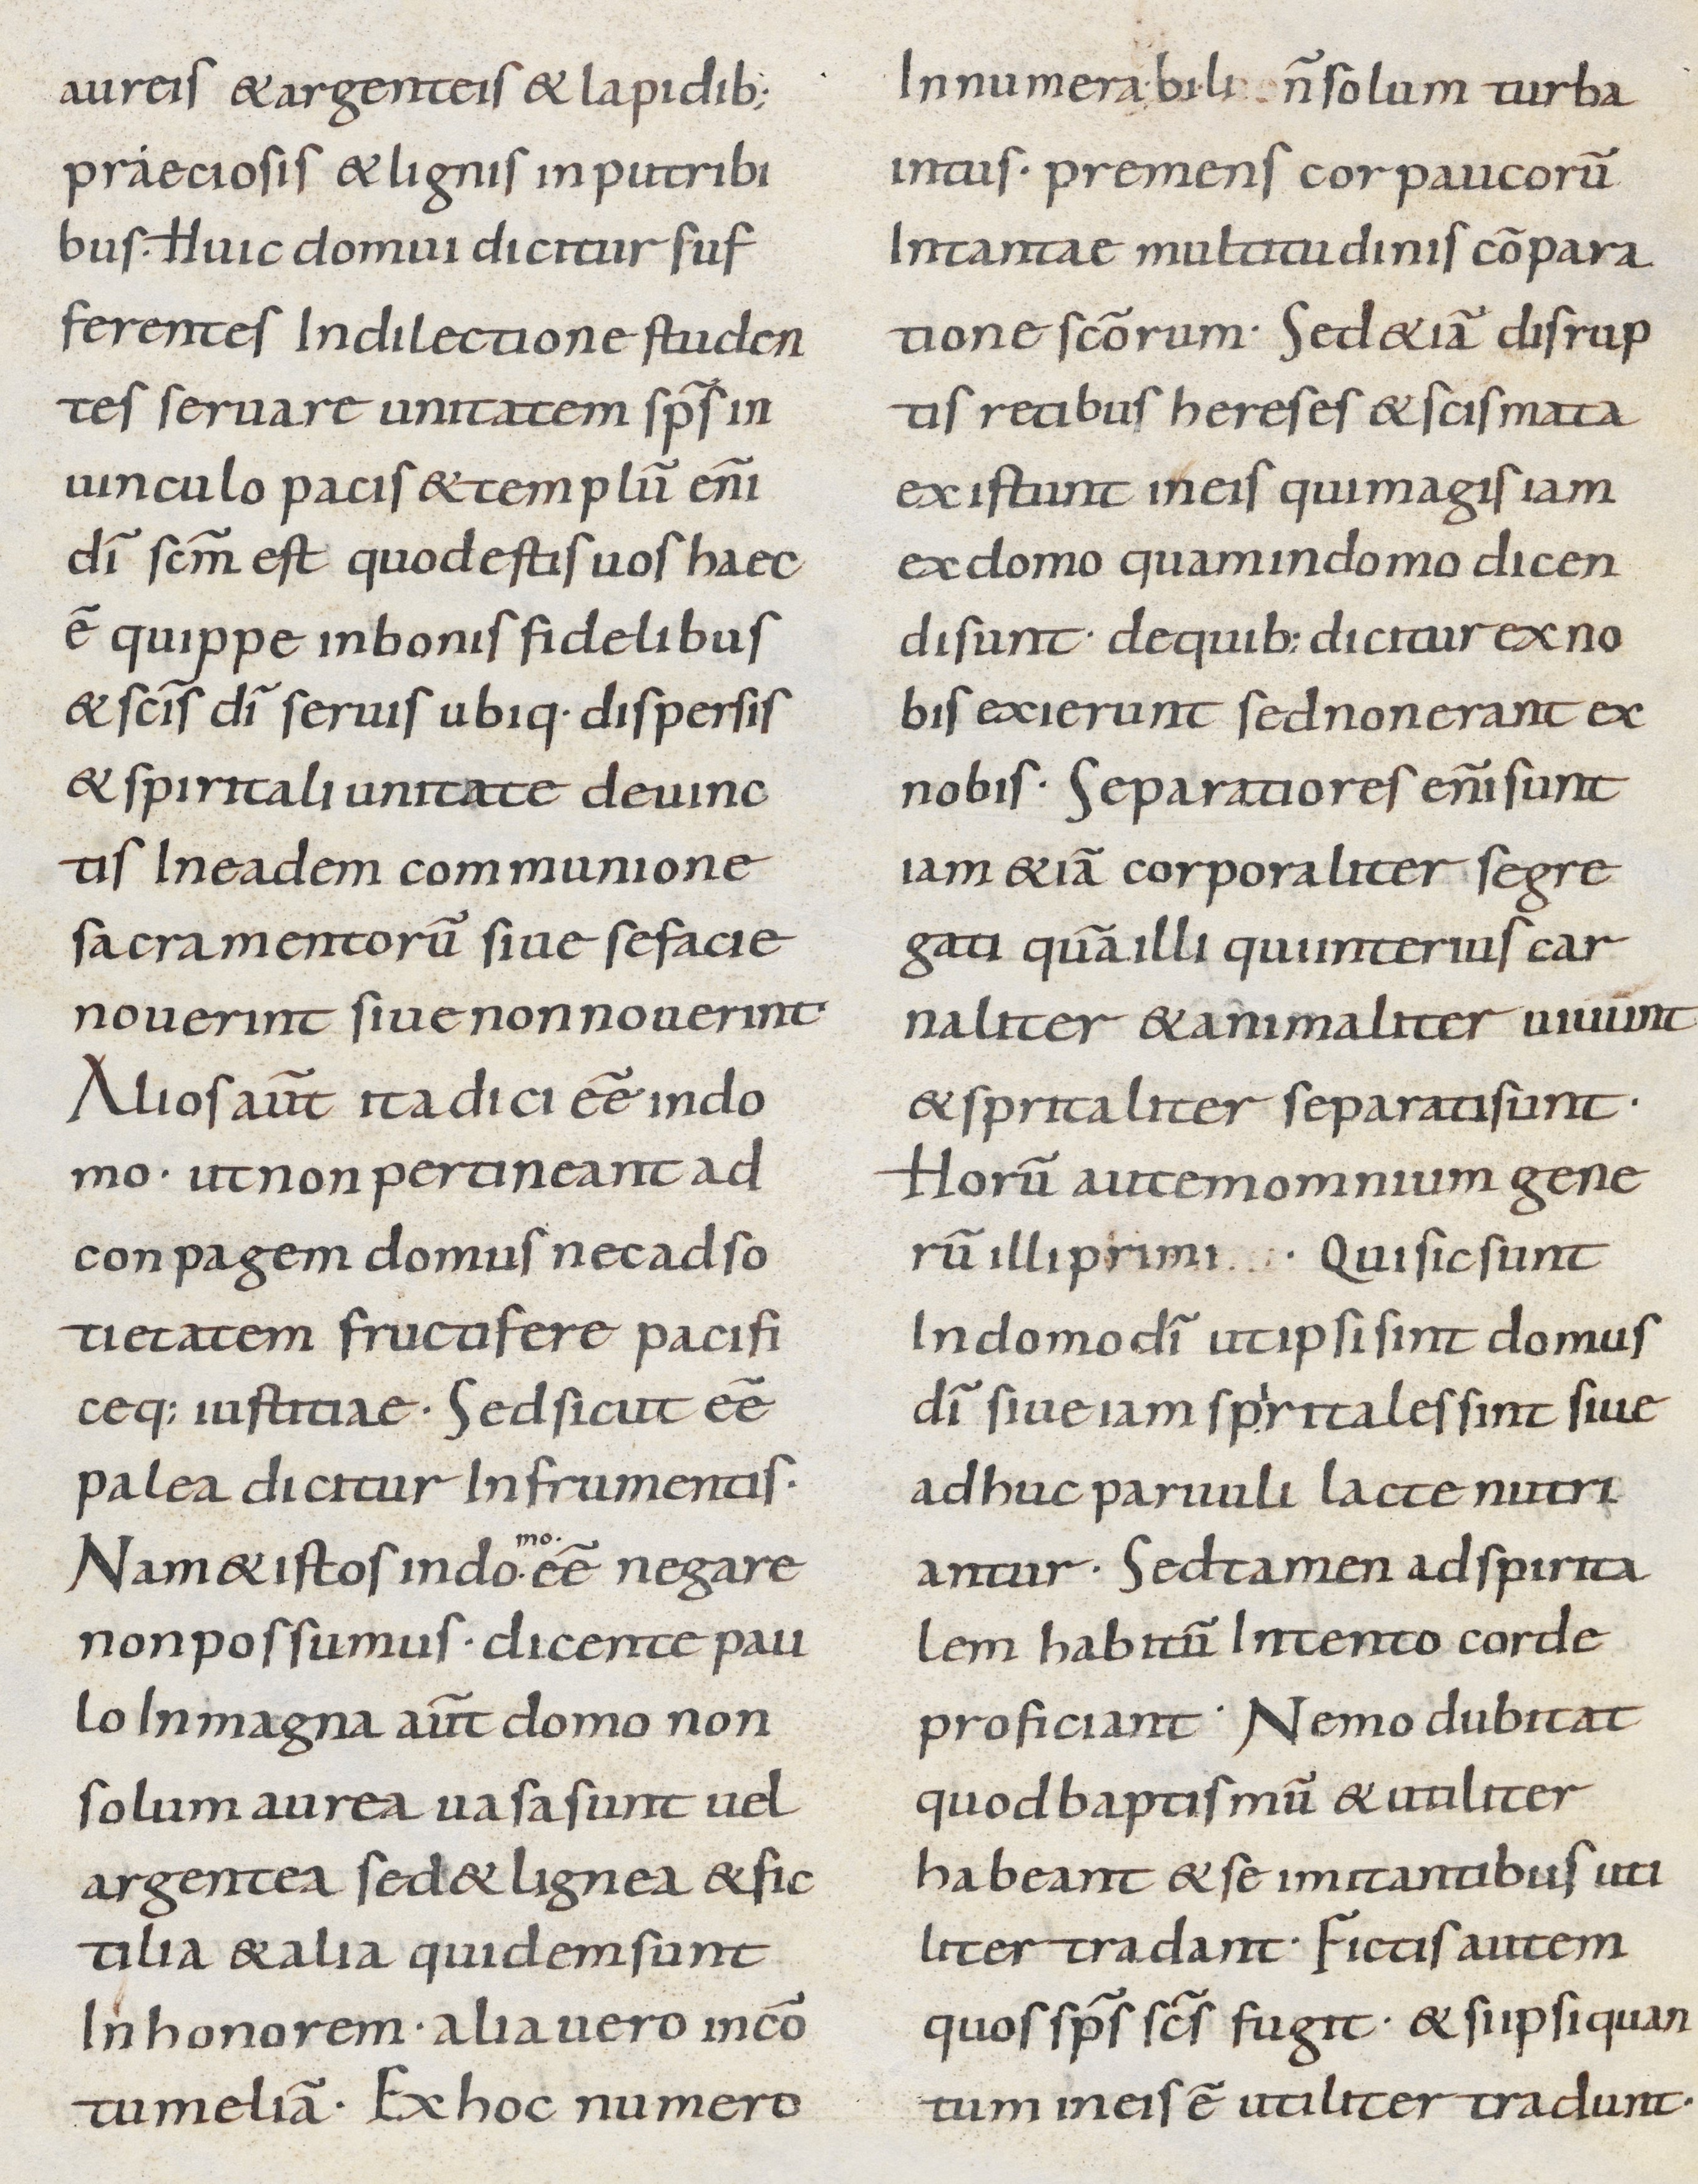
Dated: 800–899